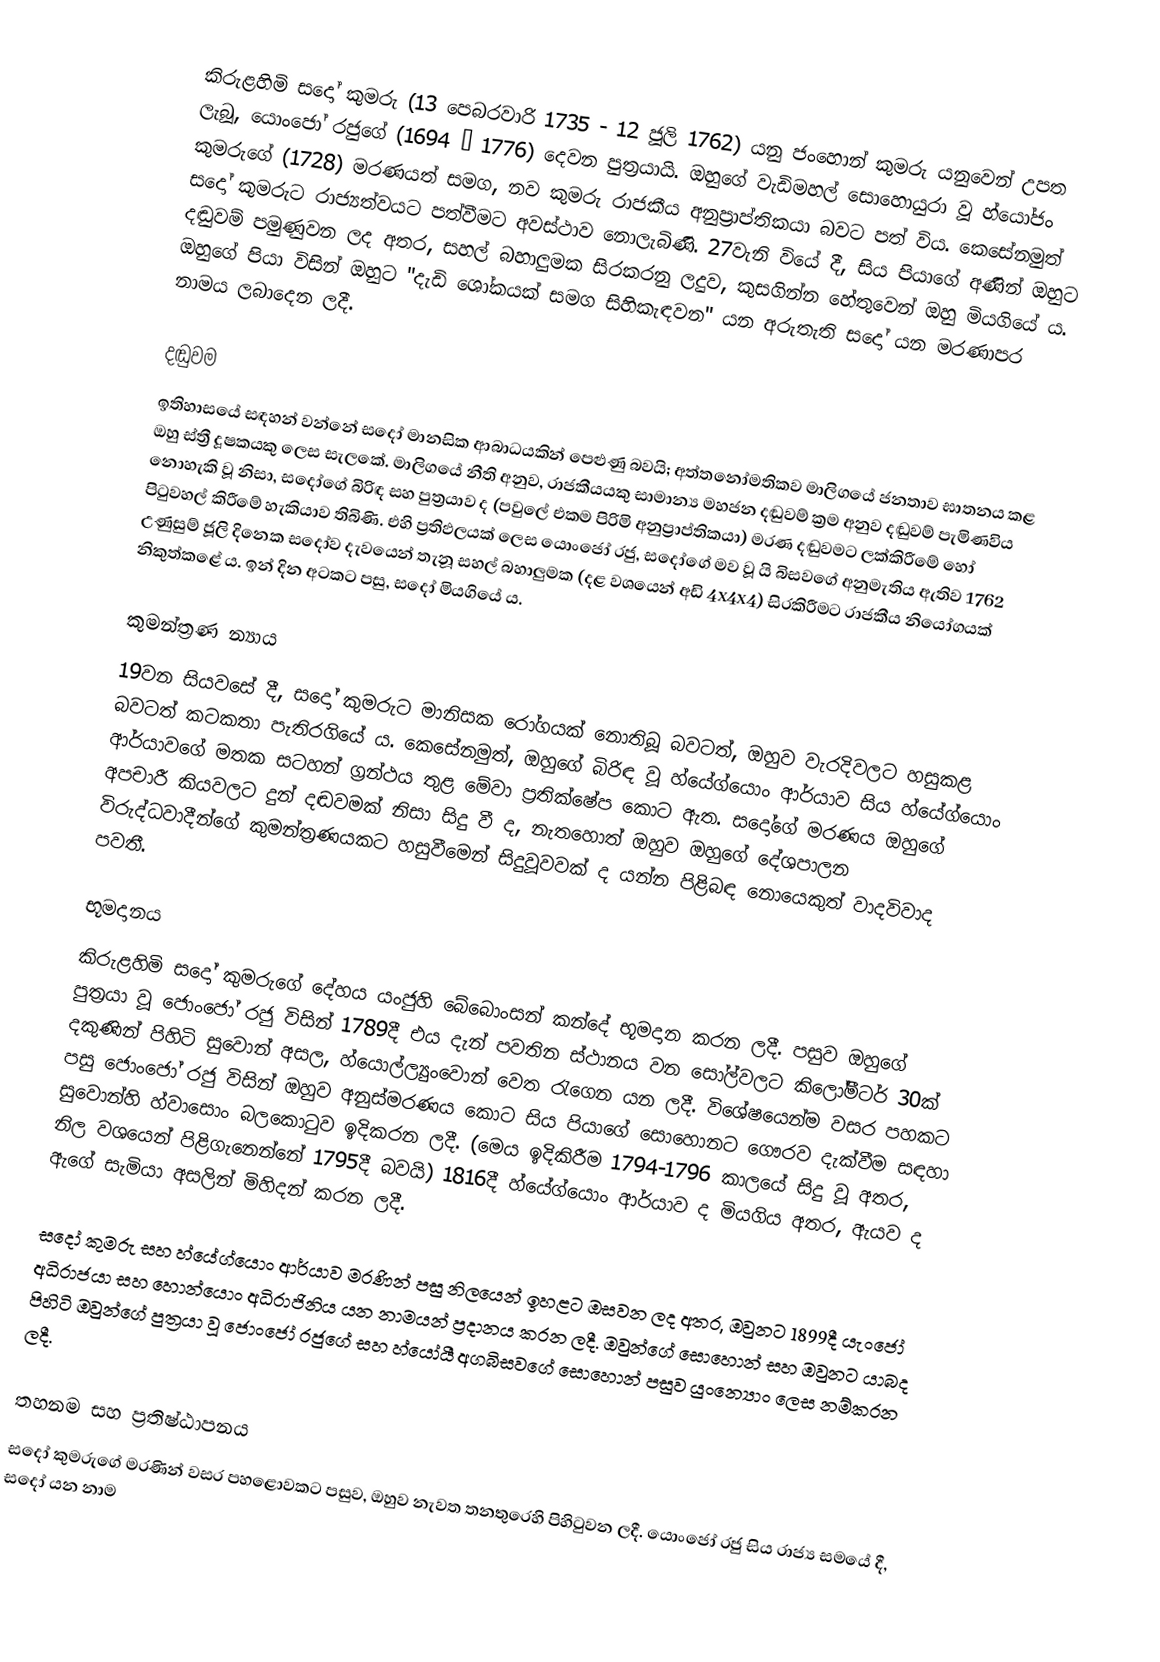
කිරුළහිමි සදෝ කුමරු (13 පෙබරවාරි 1735 - 12 ජූලි 1762) යනු ජංහොන් කුමරු යනුවෙන් උපත ලැබූ, යොංජෝ රජුගේ (1694 – 1776) දෙවන පුත්‍රයායි. ඔහුගේ වැඩිමහල් සොහොයුරා වූ හ්යෝජං කුමරුගේ (1728) මරණයත් සමග, නව කුමරු රාජකීය අනුප්‍රාප්තිකයා බවට පත් විය. කෙසේනමුත් සදෝ කුමරුට රාජ්‍යත්වයට පත්වීමට අවස්ථාව නොලැබිණි. 27වැනි වියේ දී, සිය පියාගේ අණින් ඔහුට දඬුවම් පමුණුවන ලද අතර, සහල් බහාලුමක සිරකරනු ලදුව, කුසගින්න හේතුවෙන් ඔහු මියගියේ ය. ඔහුගේ පියා විසින් ඔහුට "දැඩි ශෝකයක් සමග සිහිකැඳවන" යන අරුතැති සදෝ යන මරණාපර නාමය ලබාදෙන ලදී.

දඬුවම
ඉතිහාසයේ සඳහන් වන්නේ සදෝ මානසික ආබාධයකින් පෙළුණු බවයි; අත්තනෝමතිකව මාලිගයේ ජනතාව ඝාතනය කළ ඔහු ස්ත්‍රී දූෂකයකු ලෙස සැලකේ. මාලිගයේ නීති අනුව, රාජකීයයකු සාමාන්‍ය මහජන දඬුවම් ක්‍රම අනුව දඬුවම් පැමිණවිය නොහැකි වූ නිසා, සදෝගේ බිරිඳ සහ පුත්‍රයාව ද (පවුලේ එකම පිරිමි අනුප්‍රාප්තිකයා) මරණ දඬුවමට ලක්කිරීමේ හෝ පිටුවහල් කිරීමේ හැකියාව තිබිණි. එහි ප්‍රතිඵලයක් ලෙස යොංජෝ රජු, සදෝගේ මව වූ යි බිසවගේ අනුමැතිය ඇතිව 1762 උණුසුම් ජූලි දිනෙක සදෝව දැවයෙන් තැනූ සහල් බහාලුමක (දළ වශයෙන් අඩි 4x4x4) සිරකිරීමට රාජකීය නියෝගයක් නිකුත්කළේ ය. ඉන් දින අටකට පසු, සදෝ මියගියේ ය.

කුමන්ත්‍රණ න්‍යාය
19වන සියවසේ දී, සදෝ කුමරුට මානිසක රෝගයක් නොතිබූ බවටත්, ඔහුව වැරදිවලට හසුකළ බවටත් කටකතා පැතිරගියේ ය. කෙසේනමුත්, ඔහුගේ බිරිඳ වූ හ්යේග්යොං ආර්යාව සිය හ්යේග්යොං ආර්යාවගේ මතක සටහන් ග්‍රන්ථය තුළ මේවා ප්‍රතික්ෂේප කොට ඇත. සදෝගේ මරණය ඔහුගේ අපචාරී කියවලට දුන් දඬවමක් නිසා සිදු වී ද, නැතහොත් ඔහුව ඔහුගේ දේශපාලන විරුද්ධවාදීන්ගේ කුමන්ත්‍රණයකට හසුවීමෙන් සිදුවූවවක් ද යන්න පිළිබඳ නොයෙකුත් වාදවිවාද පවතී.

භූමදානය
කිරුළහිමි සදෝ කුමරුගේ දේහය යංජුහි බේබොංසන් කන්දේ භූමදාන කරන ලදී. පසුව ඔහුගේ පුත්‍රයා වූ ජොංජෝ රජු විසින් 1789දී එය දැන් පවතින ස්ථානය වන සෝල්වලට කිලෝමීටර් 30ක් දකුණින් පිහිටි සුවොන් අසල, හ්යොල්ල්‍යුංවොන් වෙත රැගෙන යන ලදී. විශේෂයෙන්ම වසර පහකට පසු ජොංජෝ රජු විසින් ඔහුව අනුස්මරණය කොට සිය පියාගේ සොහොනට ගෞරව දැක්වීම සඳහා සුවොන්හි හ්වාසොං බලකොටුව ඉදිකරන ලදී. (මෙය ඉදිකිරීම 1794-1796 කාලයේ සිදු වූ අතර, නිල වශයෙන් පිළිගැනෙන්නේ 1795දී බවයි) 1816දී හ්යේග්යොං ආර්යාව ද මියගිය අතර, ඇයව ද ඇගේ සැමියා අසලින් මිහිදන් කරන ලදී.

සදෝ කුමරු සහ හ්යේග්යොං ආර්යාව මරණින් පසු නිලයෙන් ඉහළට ඔසවන ලද අතර, ඔවුනට 1899දී යැංජෝ අධිරාජයා සහ හොන්යොං අධිරාජිනිය යන නාමයන් ප්‍රදානය කරන ලදී. ඔවුන්ගේ සොහොන් සහ ඔවුනට යාබද පිහිටි ඔවුන්ගේ පුත්‍රයා වූ ජොංජෝ රජුගේ සහ හ්යෝයී අගබිසවගේ සොහොන් පසුව යුංන්‍යොං ලෙස නම්කරන ලදී.

තහනම සහ ප්‍රතිෂ්ඨාපනය
සදෝ කුමරුගේ මරණින් වසර පහළොවකට පසුව, ඔහුව නැවත තනතුරෙහි පිහිටුවන ලදී. යොංජෝ රජු සිය රාජ්‍ය සමයේ දී, සදෝ යන නාම